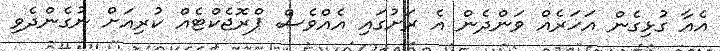
އެއާ ގުޅިގެން އަހަރެއް ވަންދެން އެ ރަށުގައި އެއްވެސް ޕްރޮޖެކްޓެއް ކުރިއަށް ނުގެންދެވި